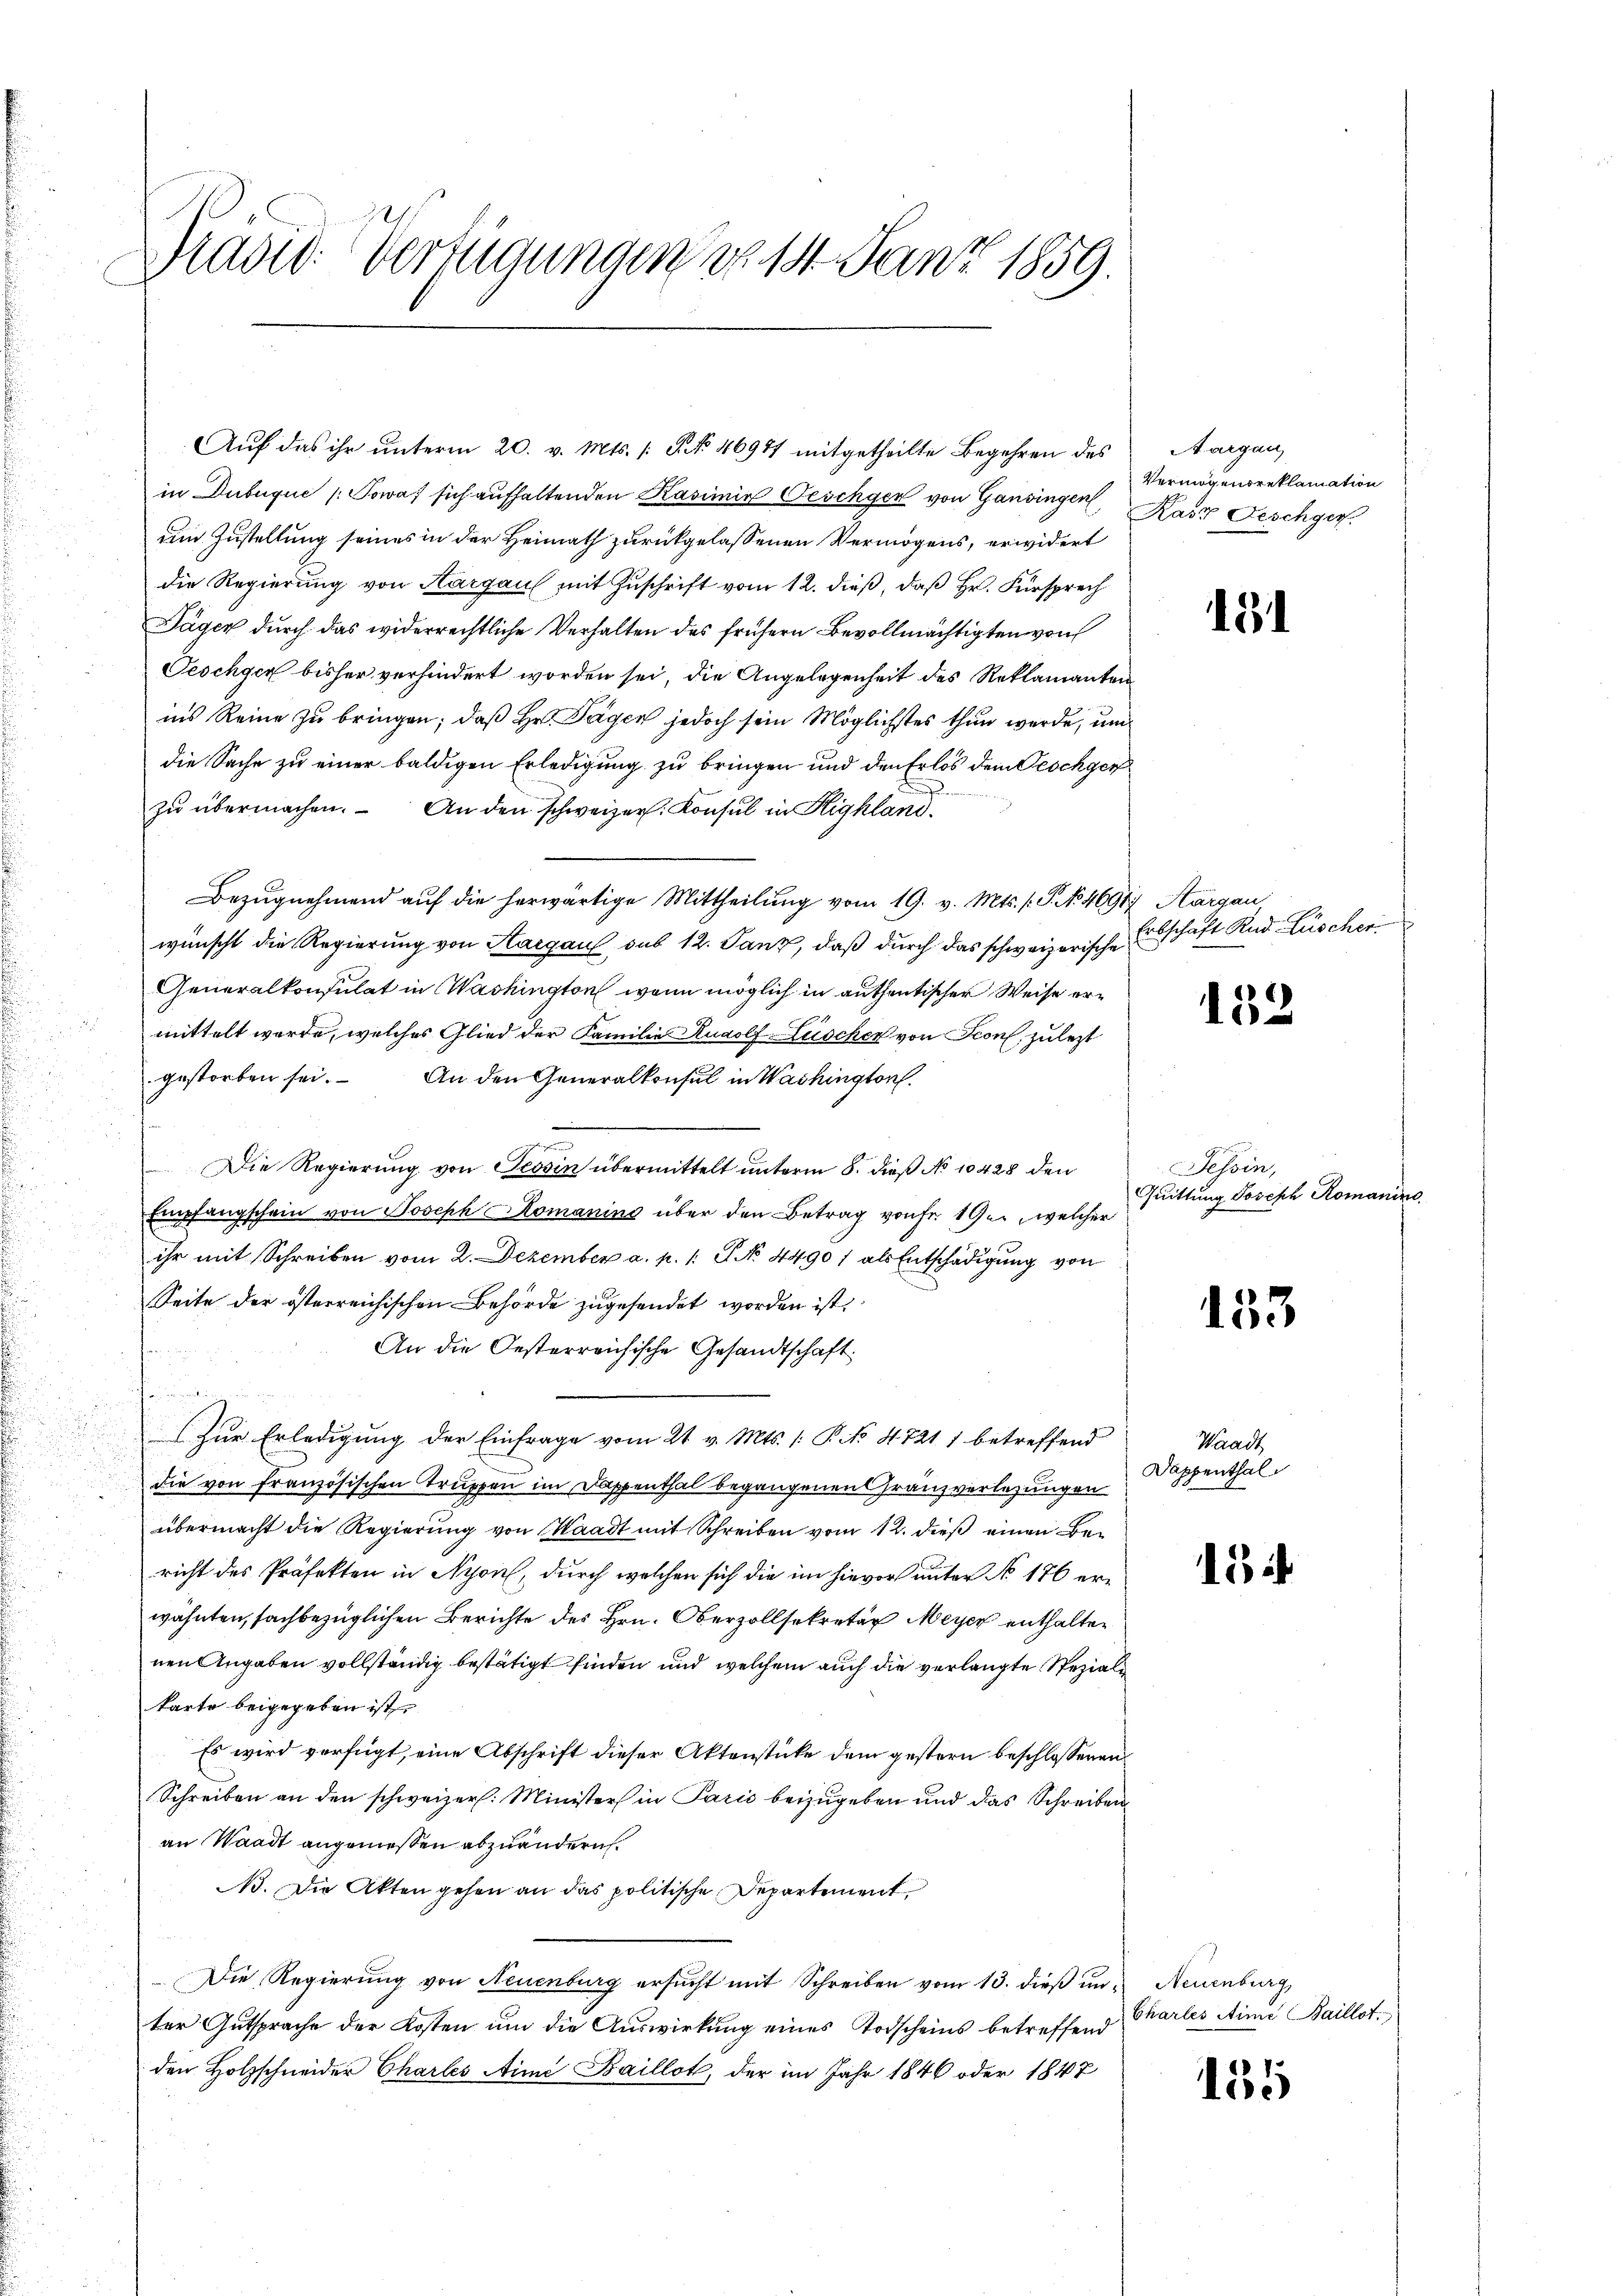
Pradid: Verfügungen No. 18. Janz 1859.

Auf das ihr unterm 20. v. Mts. /: P. Nr. 46917 mitgetheilte Begehren des
in Dubuquc / Sowaf sich aufhaltenden Kasimir Geschger von Gansingen,
um Zustellung seines in der Heimath zurückgelassenen Vermögens, erwidert
die Regierung von Aargau mit Zuschrift vom 12. dieß, daß Hr. Fürsprech
Täger durch das widerrechtliche Verhalten des frühern Bevollmächtigten von
Teschger bisher verhindert worden sei, die Angelegenheit des Reklamanten
ins Reine zu bringen; daß Hr. Tagen jedoch sein Möglichstes thun werde, um
die Sache zu einer baldigen Erledigung zu bringen und den Erlös dem Geschger
zŭ übermachen. An den schweizer. Konsul in Highland.
Bezŭgnehmend auf die herwärtige Mittheilung vom 19. v. Mts. (T. N. 46917 Aargau
wünscht die Regierung von Hargau sub 12. Janz, daß durch das schweizerische
Generalkonsulat in Washington, wenn möglich in authentischer Weise ermittelt werde, welches Glied der Familie Rudolf Lüscher von Seon, zulezt
gestorben sei. An den Generalkonsul in Washington,
Die Regierung von Tessin übermittelt unterm 8. dieß No 10428 den
Empfangschein von Joseph Komaning über den Betrag von Fr. 19, welcher
ihr mit Schreiben vom 2. Dezember a. p. 1. No. 44901 als Entschädigŭng von
Seite der österreichischen Behörde zugesendet worden ist.
An die Oesterreichische Gesandtschaft
i
Zur Erledigung der Einfrage vom 21. v. Mts. /: P. NNo. 4721 1 betreffend
die von französischen Truppen im Dappenthal begangenen Granzverlegungen
übermacht die Regierung von Waadt mit Schreiben vom 12. dieß einen Bericht des Präfekten in Nyon, durch welchen sich die im hievor unter No 176 erwähnten, sachbezüglichen Berichte des Hrn. Oberzollsekretär Meyer enthalten
nen Angaben vollständig bestätigt finden und welchem auch die verlangte Speziali
karte beigegeben ist
Es wird verfügt, eine Abschrift dieser Aktenstücke dem gestern beschlossenen
Schreiben an den schweizer. Minister in Paris beizugeben und das Schreiben
an Waadt angemessen abzuändern.
B. Die Akten gehen an das politische Departement
Die Regierung von Neuenburg ersucht mit Schreiben vom 13. dieß in Neuenburg,
ter Gutsprache der Kosten um die Auswirkung eines Todscheins betreffend
den Holzschneider Chartes Ain Baillot, der im Jahr 1846 oder 1847

Aargau,
Vermögensreklamation
Kasz Fischger.

11

Erbschaft Rud Lüscher

152

Tessin,
Quittung Joseph Romaniz

133

Waadt
Dappenthal

15

Charles Arme Baillot.

185